Leaving Certificate Examination, 1912
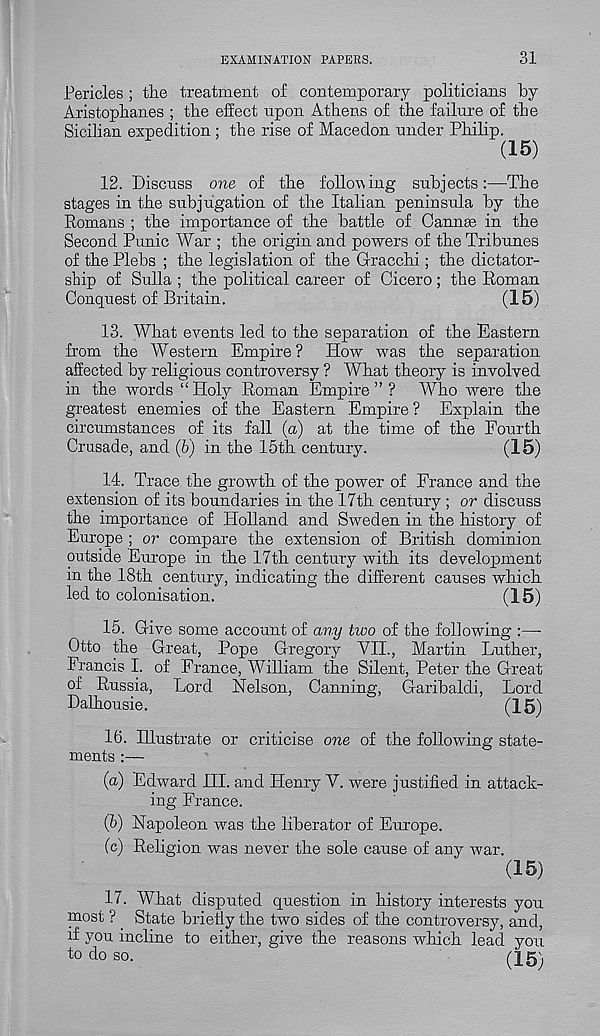
EXAMINATION PAPERS.
31
Pericles ; the treatment of contemporary politicians by
Aristophanes ; the effect upon Athens of the failure of the
Sicilian expedition ; the rise of Macedon under Philip.
(15)
12. Discuss one of the following subjects:—The
stages in the subjugation of the Italian peninsula by the
Romans ; the importance of the battle of Cannae in the
Second Punic AVar ; the origin and powers of the Tribunes
of the Plebs ; the legislation of the Gracchi; the dictator-
ship of Sulla ; the political career of Cicero; the Roman
Conquest of Britain.
(15)
13. What events led to the separation of the Eastern
from the Western Empire ? How was the separation
affected by religious controversy ? What theory is involved
in the words “ Holy Roman Empire ” ? Who were the
greatest enemies of the Eastern Empire ? Explain the
circumstances of its fall (a) at the time of the Fourth
Crusade, and (b) in the 15th century.
(15)
14. Trace the growth of the power of France and the
extension of its boundaries in the 17th century ; or discuss
the importance of Holland and Sweden in the history of
Europe ; or compare the extension of British dominion
outside Europe in the 17th century with its development
in the 18th century, indicating the different causes which
led to colonisation.
(15)
15. Give some account of any two of the following :—
Otto the Great, Pope Gregory VIE, Martin Luther,
Francis I. of France, William the Silent, Peter the Great
of Russia, Lord Nelson, Canning, Garibaldi, Lord
Dalhousie.
(15)
16. Illustrate or criticise one of the following state-
ments :—
(a) Edward III. and Henry V. were justified in attack-
ing France.
(b) Napoleon was the liberator of Europe.
(c) Religion was never the sole cause of any war.
(15)
17. What disputed question in history interests you
post ? State briefly the two sides of the controversy, and,
if you incline to either, give the reasons which lead you
to do so.
(15)